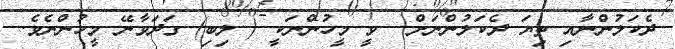
ދެކަލުންނާއި ތިޔަ ދެކަލުންނަށް  ވީ މީހުންނަކީ ( ލިބި) ގަދަވާނޭ މީހުންނެވެ.